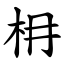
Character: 枏